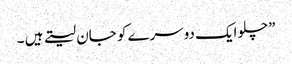
”چلو ایک دوسرے کو جان لیتے ہیں ۔